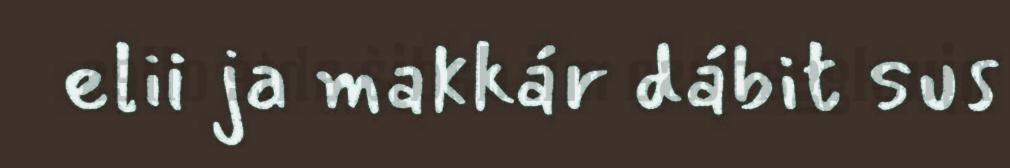
elii ja makkár dábit sus